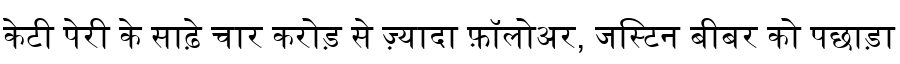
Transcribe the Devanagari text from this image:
केटी पेरी के साढ़े चार करोड़ से ज़्यादा फ़ॉलोअर, जस्टिन बीबर को पछाड़ा